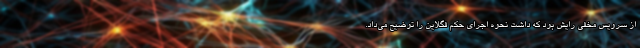
از سرویس مخفی رایش بود که داشت نحوه اجرای حکم فگلاین را توضیح می‌داد.